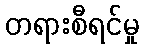
တရားစီရင်မှု